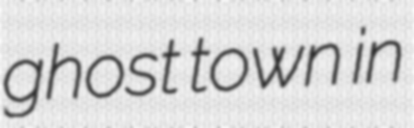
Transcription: ghost town in